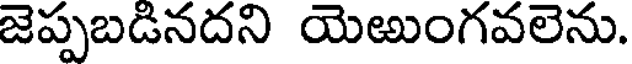
జెప్పబడినదని యెఱుంగవలెను.